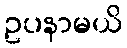
ဥပနာမယိ